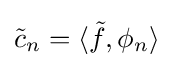
{\tilde {c}}_{n}=\langle {\tilde {f}},\phi _{n}\rangle